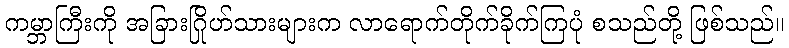
ကမ္ဘာကြီးကို အခြားဂြိုဟ်သားများက လာရောက်တိုက်ခိုက်ကြပုံ စသည်တို့ ဖြစ်သည်။